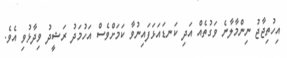
އިހުތިޖާޖު ނިންމާލާނެ ވަގުތެއް އަދި ކަނޑައަޅަފައިނުވާ ކަމަށްވެސް އަހުމަދު ރަޝީދު ވިދާޅުވި އެވެ.